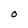
Character: O